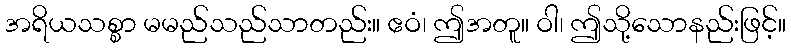
အရိယသစ္စာ မမည်သည်သာတည်း။ ဧဝံ၊ ဤအတူ။ ဝါ၊ ဤသို့သောနည်းဖြင့်။